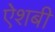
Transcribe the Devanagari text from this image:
ऐशबी